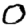
Digit: 0